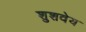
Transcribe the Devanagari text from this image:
शुशवेय